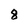
Character: 8